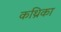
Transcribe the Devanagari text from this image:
कथ्रिका